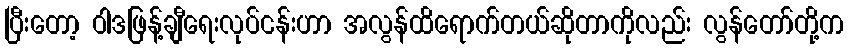
ပြီးတော့ ဝါဒဖြန့်ချီရေးလုပ်ငန်းဟာ အလွန်ထိရောက်တယ်ဆိုတာကိုလည်း လွန်တော်တို့က